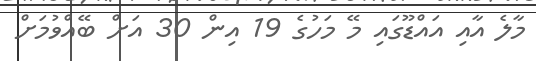
މާލެ އާއި އައްޑޫގައި މޭ މަހުގެ 19 އިން 30 އަށް ބޭއްވުމަށް